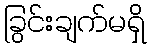
ခြွင်းချက်မရှိ